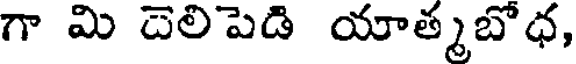
గా మి దెలిపెడి యాత్మబోధ,